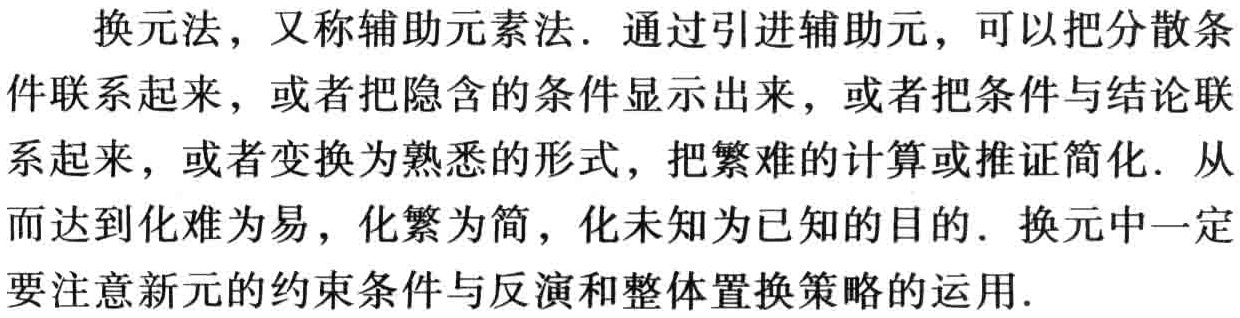
换元法，又称辅助元素法. 通过引进辅助元，可以把分散条件联系起来，或者把隐含的条件显示出来，或者把条件与结论联系起来，或者变换为熟悉的形式，把繁难的计算或推证简化. 从而达到化难为易，化繁为简，化未知为已知的目的. 换元中一定要注意新元的约束条件与反演和整体置换策略的运用.